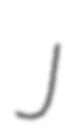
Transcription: J